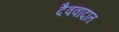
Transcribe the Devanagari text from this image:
दैववादात